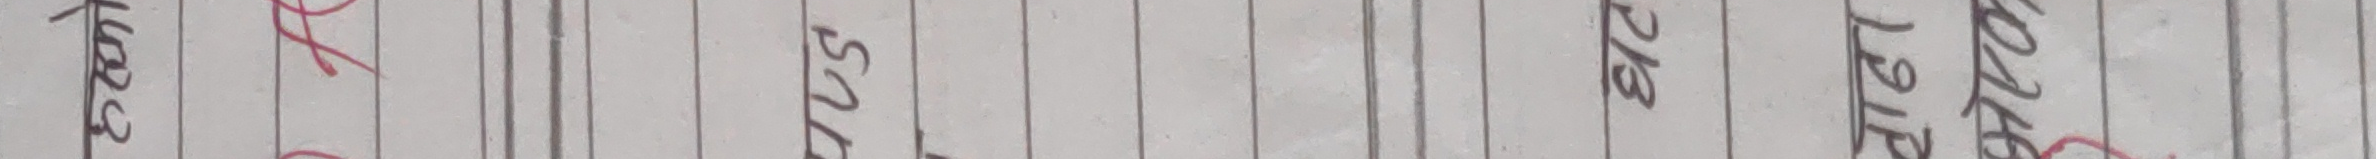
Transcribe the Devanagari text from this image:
कमल सन्तोष सोनू राजु 2016 १२१६ रॉयल